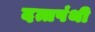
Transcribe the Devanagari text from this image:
दत्तपंथी